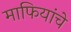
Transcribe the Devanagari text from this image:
माफियांचे